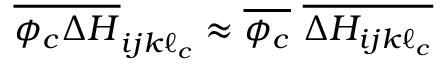
\overline { { \phi _ { c } \Delta H } } _ { i j k \ell _ { c } } \approx \overline { { \phi _ { c } } } \, \, \overline { { \Delta H _ { i j k \ell _ { c } } } }